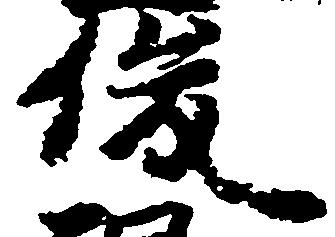
俊